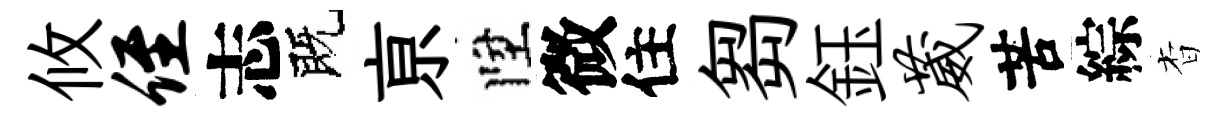
攸侄志既亰陞微住芻鈺葳苦綜杳